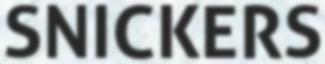
SNICKERS